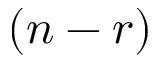
( n - r )